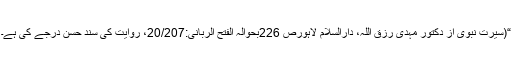
“(سیرت نبوی از دکتور مہدی رزق اللہ، دارالسلام لاہورص 226بحوالہ الفتح الربانی:20/207، روایت کی سند حسن درجے کی ہے۔